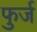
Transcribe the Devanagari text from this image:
फुर्ज